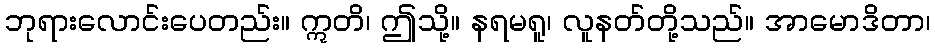
ဘုရားလောင်းပေတည်း။ ဣတိ၊ ဤသို့။ နရမရူ၊ လူနတ်တို့သည်။ အာမောဒိတာ၊